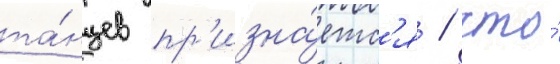
та́нцев пр'изна́етс'я / что́